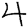
Digit: 4